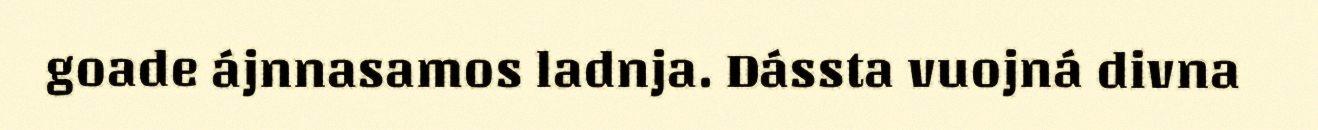
goade ájnnasamos ladnja. Dássta vuojná divna